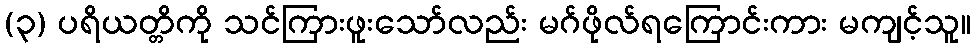
(၃) ပရိယတ္တိကို သင်ကြားဖူးသော်လည်း မဂ်ဖိုလ်ရကြောင်းကား မကျင့်သူ။